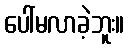
ပေါ်မလာခဲ့ဘူး။